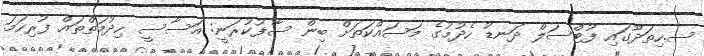
ސ.ހިތަދޫގައި ފުޓްސަލް ދަނޑު ހެދުމުގެ މަސައްކަތަށް ބިން ސާފުކުރަނީ: އަސާސީ ހިދުމަތްތައް ފުރިހަމަ